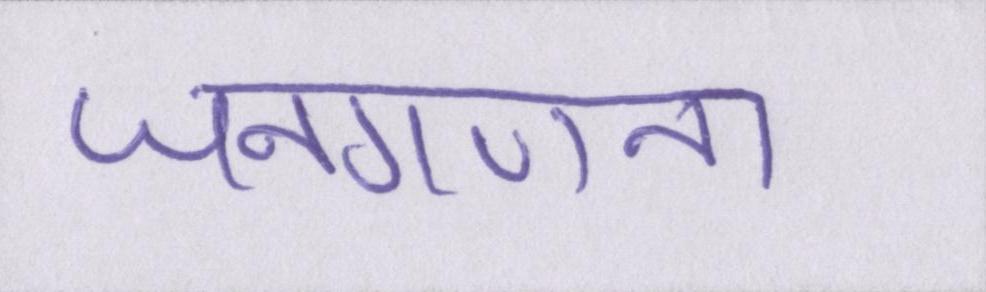
जनगणना